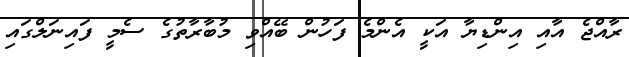
ރާއްޖެ އާއި އިންޑިޔާ އަކީ އެންމެ ފަހުން ބޭއްވި މުބާރާތުގެ ސެމީ ފައިނަލްގައި